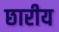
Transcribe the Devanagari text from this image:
छारीय